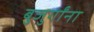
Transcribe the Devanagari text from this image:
बुजुर्गांना